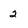
Character: 2